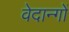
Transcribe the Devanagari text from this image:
वेदान्गों